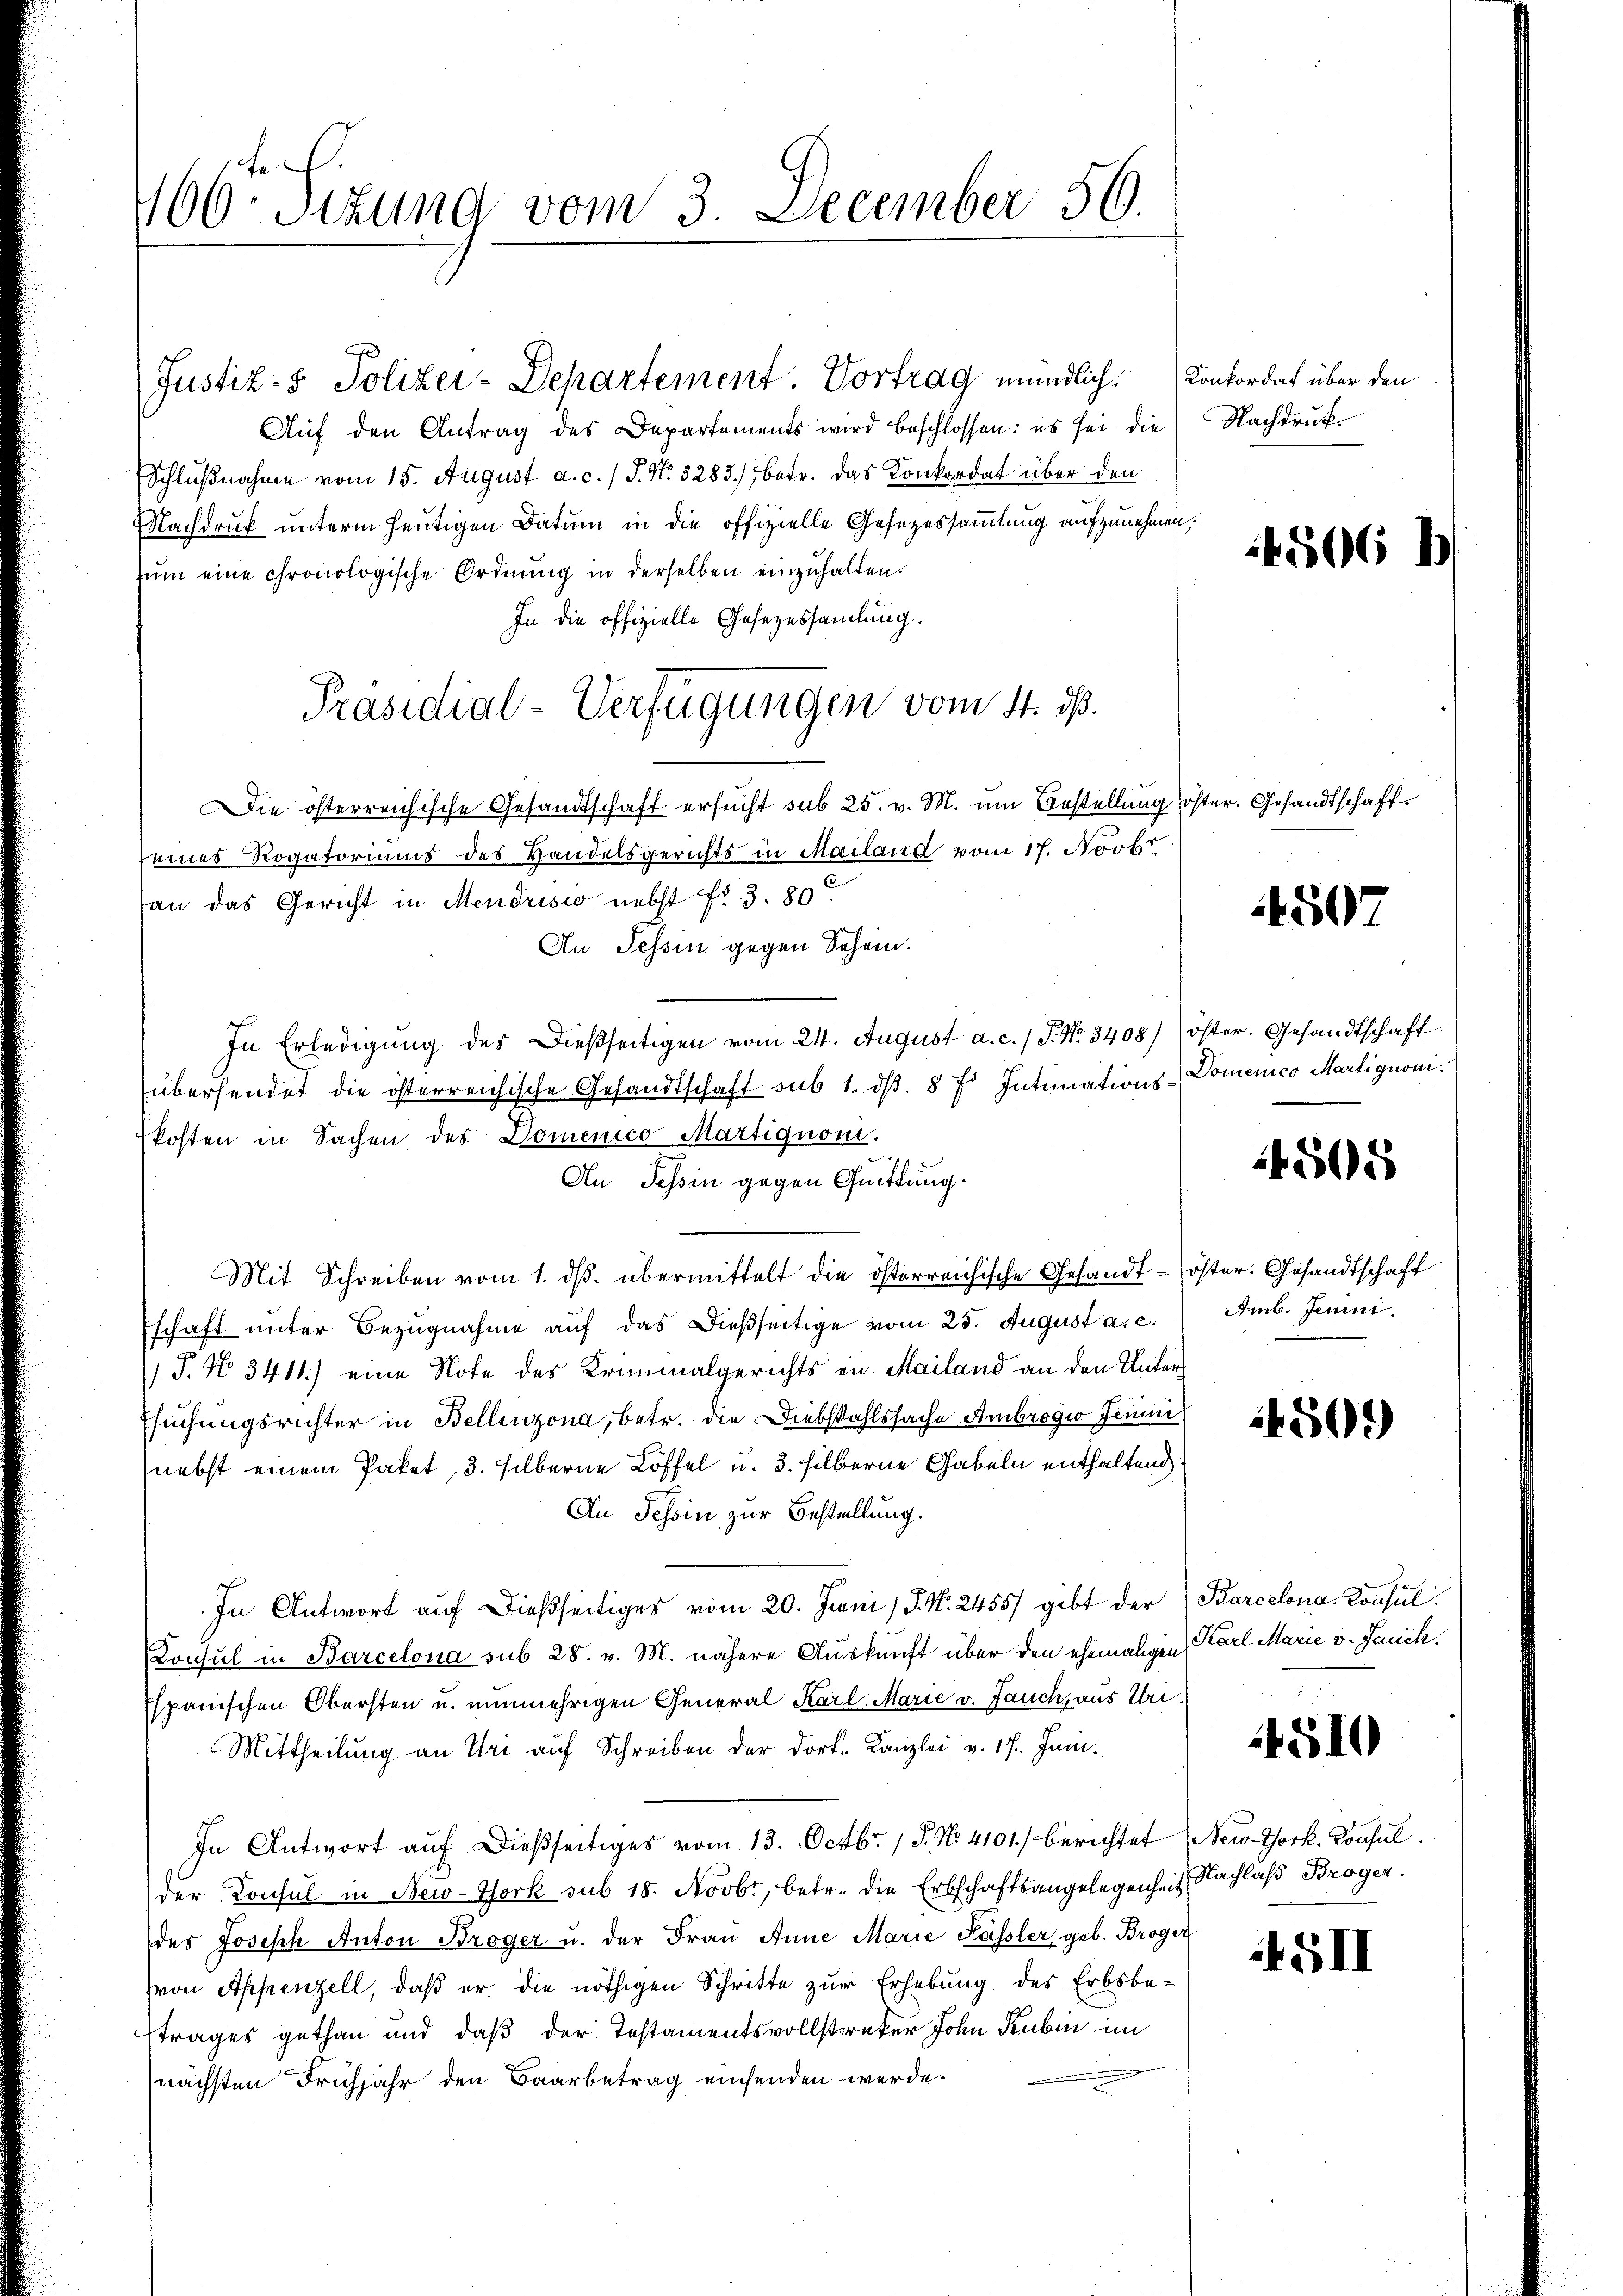
66r Situng vom 3. December 56.

Aŭf den Antrag des Departements wird beschlossen: es sei die Nachdruk¬
Schlußnahme vom 15. August a. c. / P. N. 3283), betr. das Konkordat über den
Nachdruck unterm heutigen Datum in die offizielle Gesetzessammlung aufzunehmen.
um eine chronologische Ordnung in derselben einzuhalten.
In die offizielle Gesezessammlung.
Die österreichische Gesandtschaft ersucht sub 25. v. M. um Bestellung öster. Gesandtschaffeines Rogatoriums des Handelsgerichts in Mailand vom 17. Novbr
an das Gericht in Mendrisio nebst Fr. 3. 80
An Tessin gegen Schein.
In Erledigung des dießseitigen vom 24. August a. c. 1 S. No. 3408/ öster. Gesandtschaft
übersendet die österreichische Gesandtschaft sub 1. dβ. 8 f. Intimations-Domenico Martignonikosten in Sachen des Domenico Martignoni.
An Tessin gegen Quittung.
Mit Schreiben vom 1. ds. übermittelt die österreichische Gesandt-öster. Gesandtschaft
schaft unter Bezugnahme auf das dießseitige vom 25. August a. c.
/ P. No. 3411.) eine Note des Kriminalgerichts in Mailand an den Untersuchungsrichter in Bellinzona, betr. die Diebstahlssache Ambrogio Termi
nebst einem Paket, 3. silberne Löffel u. 3. silberne Gabeln enthaltend
An Schein zur Bestellung.
In Antwort auf dießseitiges vom 20. Juni / J. N. 2455/ gibt der Barcelona-Konsul
Konsul in Barcelona sub 28. v. M. nähere Auskunft über den ehemaligen Karl Marie v. Jauch.
spanischen Obersten u. nunmehrigen General Karl Marie v. Jauch, aus Uri¬
Mittheilung an Uri auf Schreiben der dort-Kanzlei v. 17. Juni.
In Antwort auf dießseitiges vom 13. Octbr. 18. No. 4101.) berichtet New York, Konsul
der Konsul in New-York sub 18. Novbr., betr. die Erbschaftsangelegenheit Nachlaß Broger.
des Joseph Anton Broger u. der Frau Anne Marie Kässler geb. Broger
von Appenzell, daß er die nöthigen Schritte zur Erhebung des Erbsbe-
trages gethan und daß der Testamentsvollstreker John Rubin im
nächsten Frühjahr den Baarbetrag einsenden werde.

Justiz- & Polizei-Departement. Vortrag mündlich. Konkordat über den

Präsidial-Verfügungen vom 4. ds.

4506 h

4507

4505

Amb. Jenini.

4509)

4510

II